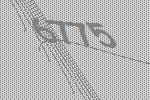
6775